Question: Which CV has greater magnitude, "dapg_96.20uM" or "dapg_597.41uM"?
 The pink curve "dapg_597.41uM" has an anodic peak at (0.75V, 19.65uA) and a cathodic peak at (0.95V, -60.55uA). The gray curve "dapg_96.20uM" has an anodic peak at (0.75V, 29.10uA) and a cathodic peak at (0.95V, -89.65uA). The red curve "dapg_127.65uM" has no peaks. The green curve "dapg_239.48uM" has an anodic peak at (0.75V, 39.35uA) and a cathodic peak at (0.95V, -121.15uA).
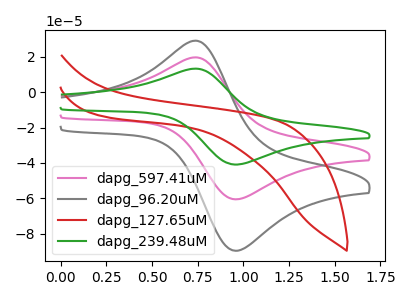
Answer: <think>All the peaks in "dapg_96.20uM" have a peak in "dapg_597.41uM" at the same potential. Every peak in "dapg_96.20uM" is higher than every peak in "dapg_597.41uM".
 </think>
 <answer>"dapg_96.20uM" has more signal than "dapg_597.41uM".</answer>
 <eval>more_signal</eval>